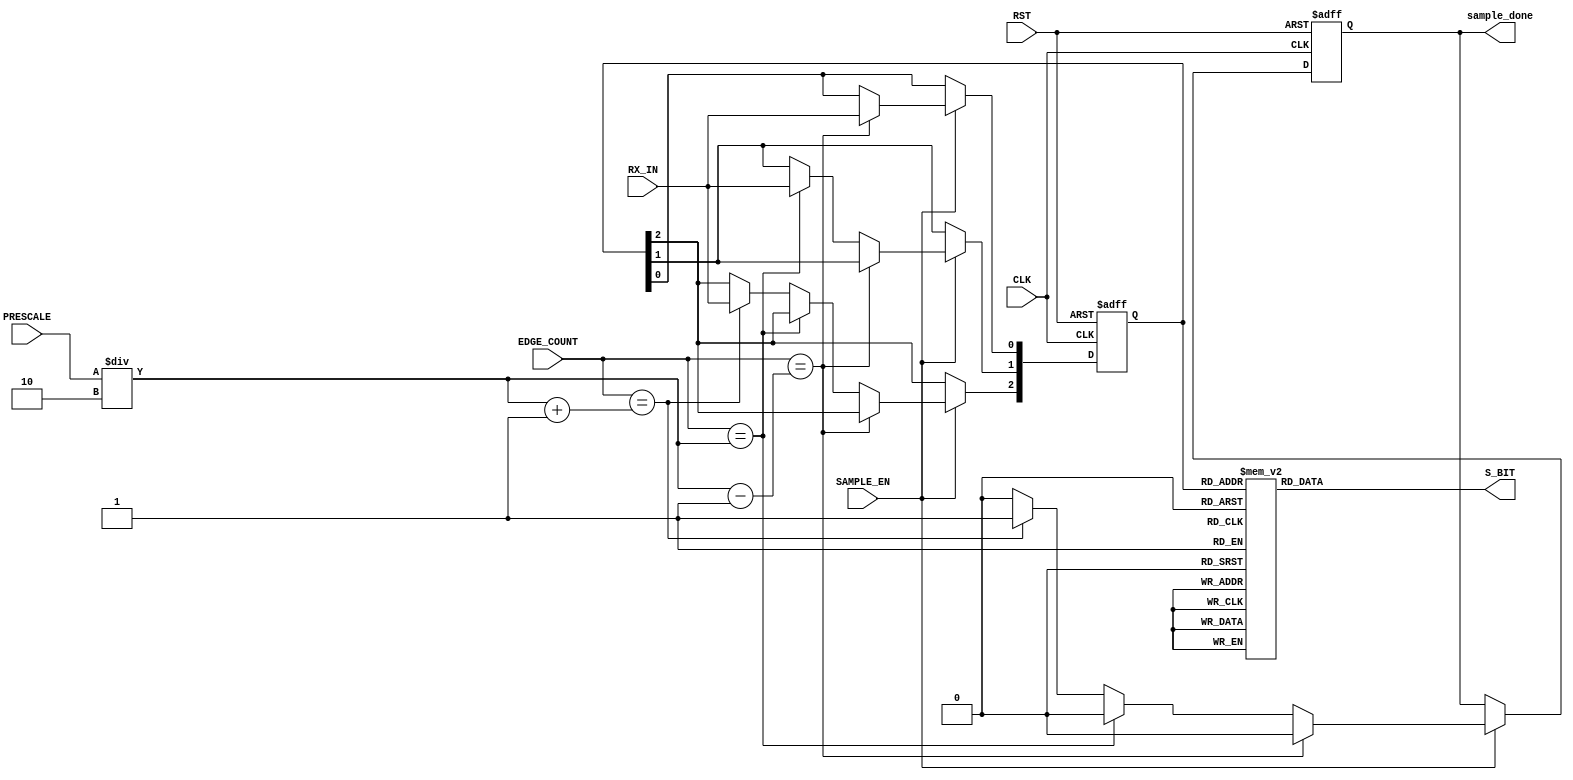
module RX_DataSampling (
 input  wire       RX_IN,
 input  wire [4:0] PRESCALE,
 input  wire       CLK,RST,
 input  wire [4:0] EDGE_COUNT,
 input  wire       SAMPLE_EN,
 output reg        S_BIT,
 output reg        sample_done
 );
 /* PRESCALE can be 4, 8, 16, or 32 */
 
 reg [2:0] sampled_bits;
 
 /* Oversampling */
 always @ (posedge CLK, negedge RST)
  begin
   if(!RST)
    begin
     sampled_bits <= 0 ;
	 sample_done  <= 0 ;
	end
   else if(SAMPLE_EN)
    begin
	 case(EDGE_COUNT)
	  (PRESCALE/2)-1 :
	   begin
	    sampled_bits[0] <= RX_IN ;
		sample_done     <= 0 ;
	   end
	  (PRESCALE/2) :
	   begin
	    sampled_bits[1] <= RX_IN ;
		sample_done     <= 0 ;
	   end
	  (PRESCALE/2)+1 : 
	   begin
	    sampled_bits[2] <= RX_IN ;
		sample_done     <= 1 ;
	   end
	  default: sample_done <= 0 ;
	 endcase
	end
  end
  
  /* Sample bit is the mojor bit */
 always @ (*)
  begin
   case(sampled_bits)
	3'b000 : S_BIT = 0 ;
	3'b001 : S_BIT = 0 ;
	3'b010 : S_BIT = 0 ;
	3'b011 : S_BIT = 1 ;
	3'b100 : S_BIT = 0 ;
	3'b101 : S_BIT = 1 ;
	3'b110 : S_BIT = 1 ;
	3'b111 : S_BIT = 1 ;
   endcase
  end

endmodule